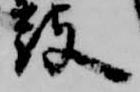
鼓